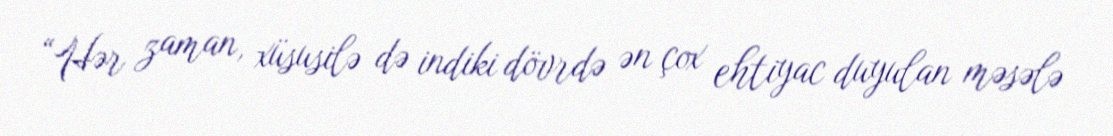
“Hər zaman, xüsusilə də indiki dövrdə ən çox ehtiyac duyulan məsələ